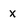
Character: x